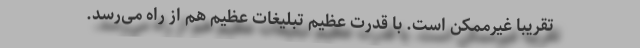
تقریباً غیرممکن است. با قدرت عظیم تبلیغات عظیم هم از راه می‌رسد.